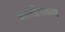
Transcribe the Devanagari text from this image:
अल्ल्हेस्लाम